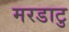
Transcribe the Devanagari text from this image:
मरडाटु